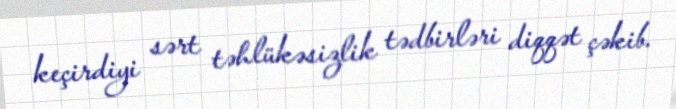
keçirdiyi sərt təhlükəsizlik tədbirləri diqqət çəkib.